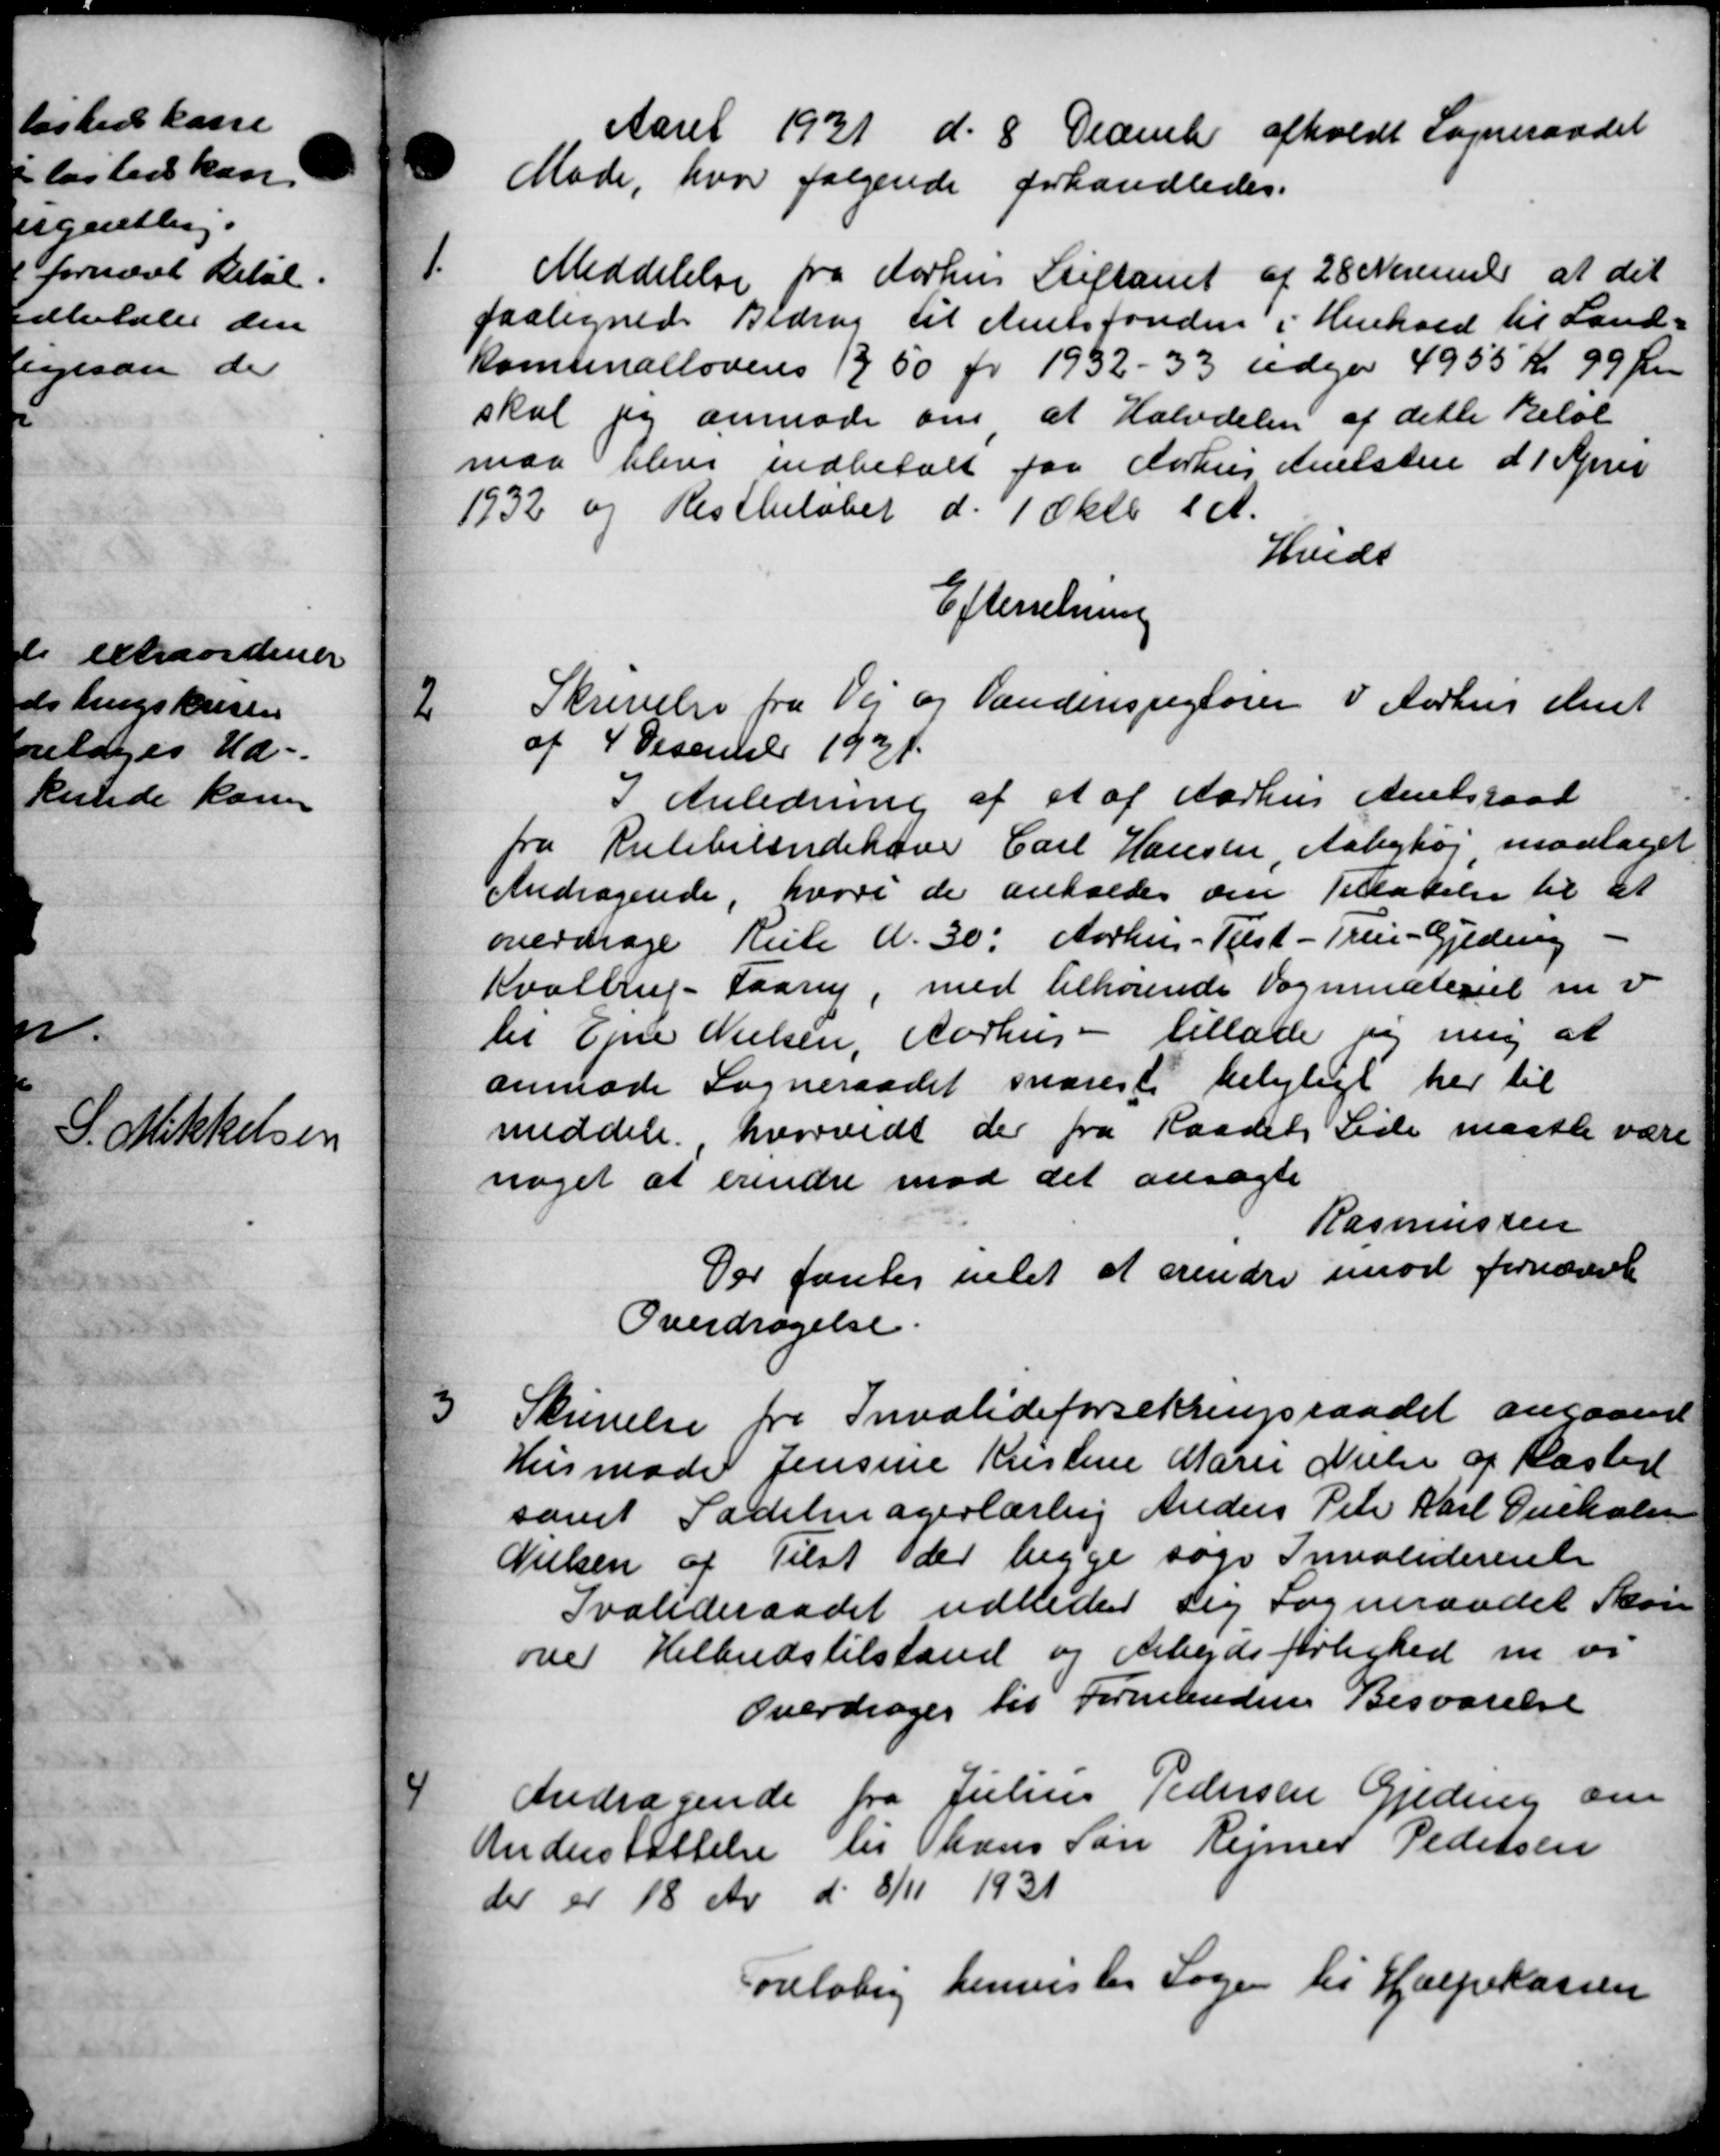
Transskription:
Aaret 1931 d. 8 December afholdt Sogneraadet
Møde, hvor følgende forhandledes.
1.
Meddelelse fra Aarhus Stiftamt af 28 November at det
paalignede Bidrag til Amtsfonden i Henhold til Land-
Kommunallovens 13,50 pr. 1932 - 33 udgør 4955 Kr. 99 Øre
skal jeg anmode om at Halvdelen af dette Beløb
maa blive indbetalt for Aarhus Amelsten d 1 April
1932 og Restbeløbet d. 1 Oktb. d. A.
Hvids
Efterretning
2
Skrivelse fra Vej og Vandinspegtøren i Aarhus Amt
af 4 Desember 1931.
I Anledning af et af Aarhus Amtsraad
fra Rutebilendehave Carl Hansen Aabyhøj, modtaget
Andragende hvori de anfaldes om Tilladelse til at
overdrage Rute A. 30. Aarhus - Tilst-Trei-Gjedning -
Kvalbrup-Faarup, med tilhørende Vognmateriet m. v.
til Ejne Nielsen, Aarhus - tillade og mig at
anmode Sogneraadet snareste belejligt her til
meddele hvorvidt der fra Raadets Side maatte være
noget at erindre mod det ansøgte
Rasmussen
Der fanlig intet at erindre imod fornævnte
Overdragelse.
3
Skrivelse fra Invalideforsikringsraadet angaaende
Husmode Jensine Kristine Marie Nielsen af Kasted
samt Sadelmagerlærling Anders Peter Karl Dueholm
Nielsen af Tilst der begge søge Invaliderente
Svalideraadet udbeder sig Sogneraadet Skøn
over Hilbudstilstand og Arbejdsforlighed m vi
Overdrages til Formanden Besvarelse
4
Andragende fra Julius Pedersen Gjeding om
Understøttelse til hans Søn Rejmer Pedersen
der er 18 Av d. 8/11 1931
oreløbig henvistes Sagen til Hjælpekassen